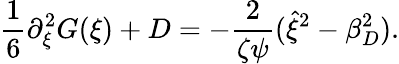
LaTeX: \frac{1}{6}\partial_{\xi}^{2}G(\xi)+D=-\frac{2}{\zeta\psi}(\hat{\xi}^{2}-\beta_{D}^{2}).